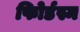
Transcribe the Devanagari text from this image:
फोिर्डस्म